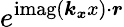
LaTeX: e^{\operatorname{imag}\left(\boldsymbol{k_{x}}x\right)\cdot\boldsymbol{r}}